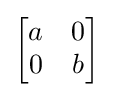
{\begin{bmatrix}a&0\\0&b\end{bmatrix}}